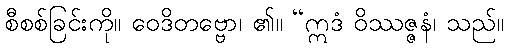
စီစစ်ခြင်းကို။ ဝေဒိတဗ္ဗော၊ ၏။ “ဣဒံ ဝိဿဇ္ဇနံ၊ သည်။